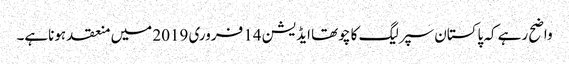
واضح رہے کہ پاکستان سپرلیگ کا چوتھا ایڈیشن 14 فروری 2019 میں منعقد ہوناہے۔